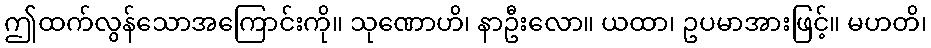
ဤထက်လွန်သောအကြောင်းကို။ သုဏောဟိ၊ နာဦးလော။ ယထာ၊ ဥပမာအားဖြင့်။ မဟတိ၊